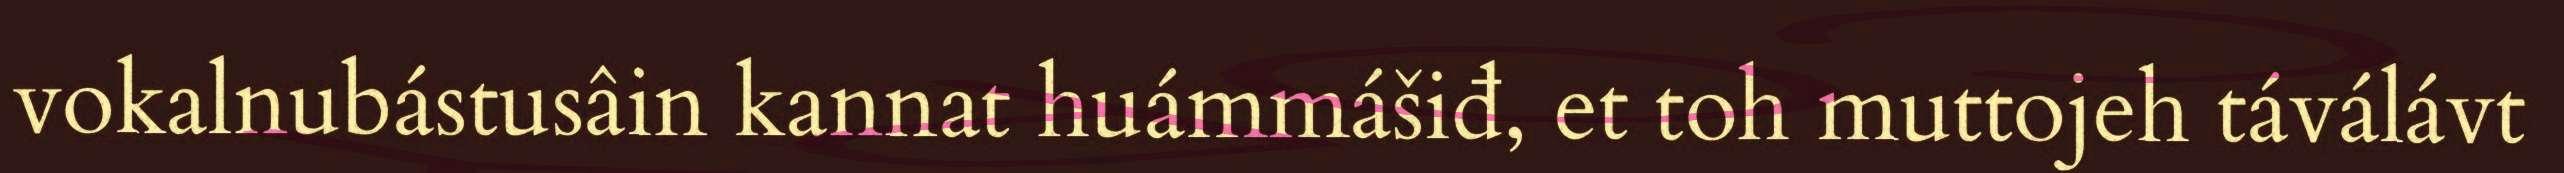
vokalnubástusâin kannat huámmášiđ, et toh muttojeh táválávt